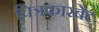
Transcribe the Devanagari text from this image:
चित्रकारबेंट